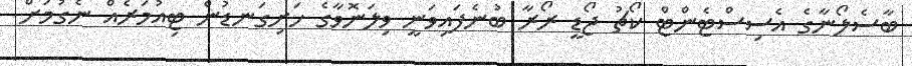
ބާސެލޯނާގެ އެސިސްޓެންޓް ކޯޗު ޖޯޑީ ރޯރާ ބުނެފައިވަނީ ވިލަނޮވާގެ ހަށިގަނޑުން ޓިއުމަރެއް ނެގުމަށް